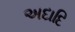
અદાદિ